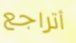
أتراجع